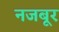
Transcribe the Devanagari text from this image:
नजबूर